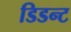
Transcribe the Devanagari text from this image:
डिडन्‍ट